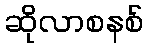
ဆိုလာစနစ်